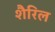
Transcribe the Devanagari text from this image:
शैरिल